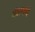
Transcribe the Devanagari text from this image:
गॅलऱ्यांचे